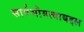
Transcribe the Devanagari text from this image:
सार्वभौमत्वाबद्दल